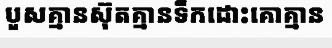
បួសគ្មានស៊ុតគ្មានទឹកដោះគោគ្មាន